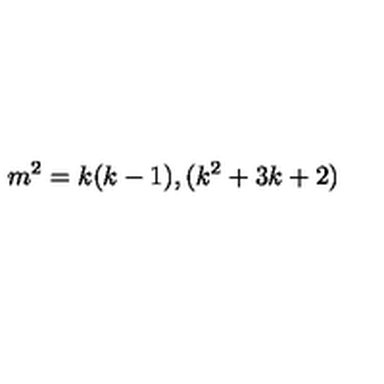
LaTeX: m ^ { 2 } = k ( k - 1 ) , ( k ^ { 2 } + 3 k + 2 )